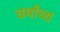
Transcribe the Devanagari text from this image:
वर्मांच्य